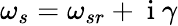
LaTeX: \omega_{s}=\omega_{sr}+\mathrm{~i~}\gamma